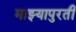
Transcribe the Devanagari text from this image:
माझ्यापुरती